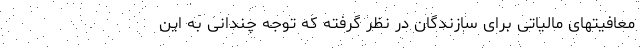
معافیتهای مالیاتی برای سازندگان در نظر گرفته که توجه چندانی به این